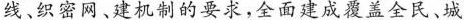
线、织密网、建机制的要求，全面建成覆盖全民、城